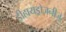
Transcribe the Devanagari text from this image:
डीहायड्रोजनीज्